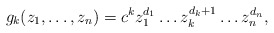
\begin{align*}g_k(z_1,\dots ,z_n)=c^k z_1^{d_1}\dots z_k^{d_k+1}\dots z_n^{d_n},\end{align*}